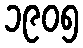
၁၉၀၅